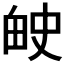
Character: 𬏅